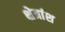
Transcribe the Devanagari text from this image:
क्षेत्रांश